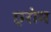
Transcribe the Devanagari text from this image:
एरोम